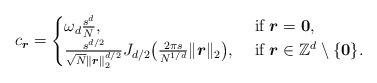
LaTeX: \begin{align*}c_{\boldsymbol{r}}= \begin{cases}\omega_d\frac{s^d}{N}, & \mbox{ if } \boldsymbol{r}=\boldsymbol{0},\\\frac{s^{d/2}}{\sqrt{N}\|\boldsymbol{r}\|_2^{d/2}}J_{d/2}\big(\frac{2\pi s}{N^{1/d}}\|\boldsymbol{r}\|_2\big), & \mbox{ if } \boldsymbol{r}\in\mathbb{Z}^d\setminus \{\boldsymbol{0}\}.\end{cases}\end{align*}